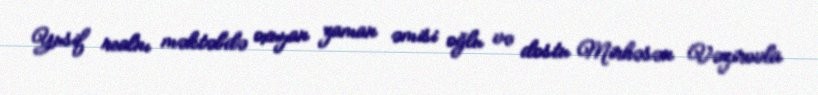
Yusif realnı məktəbdə oxuyan zaman əmisi oğlu və dostu Mirhəsən Vəzirovla